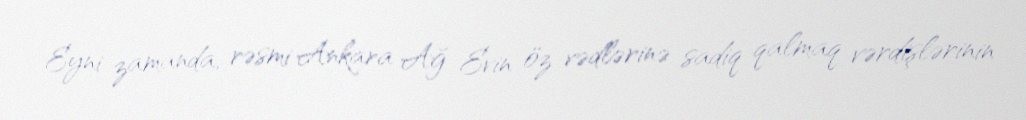
Eyni zamanda, rəsmi Ankara Ağ Evin öz vədlərinə sadiq qalmaq vərdişlərinin